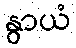
နွာယံ